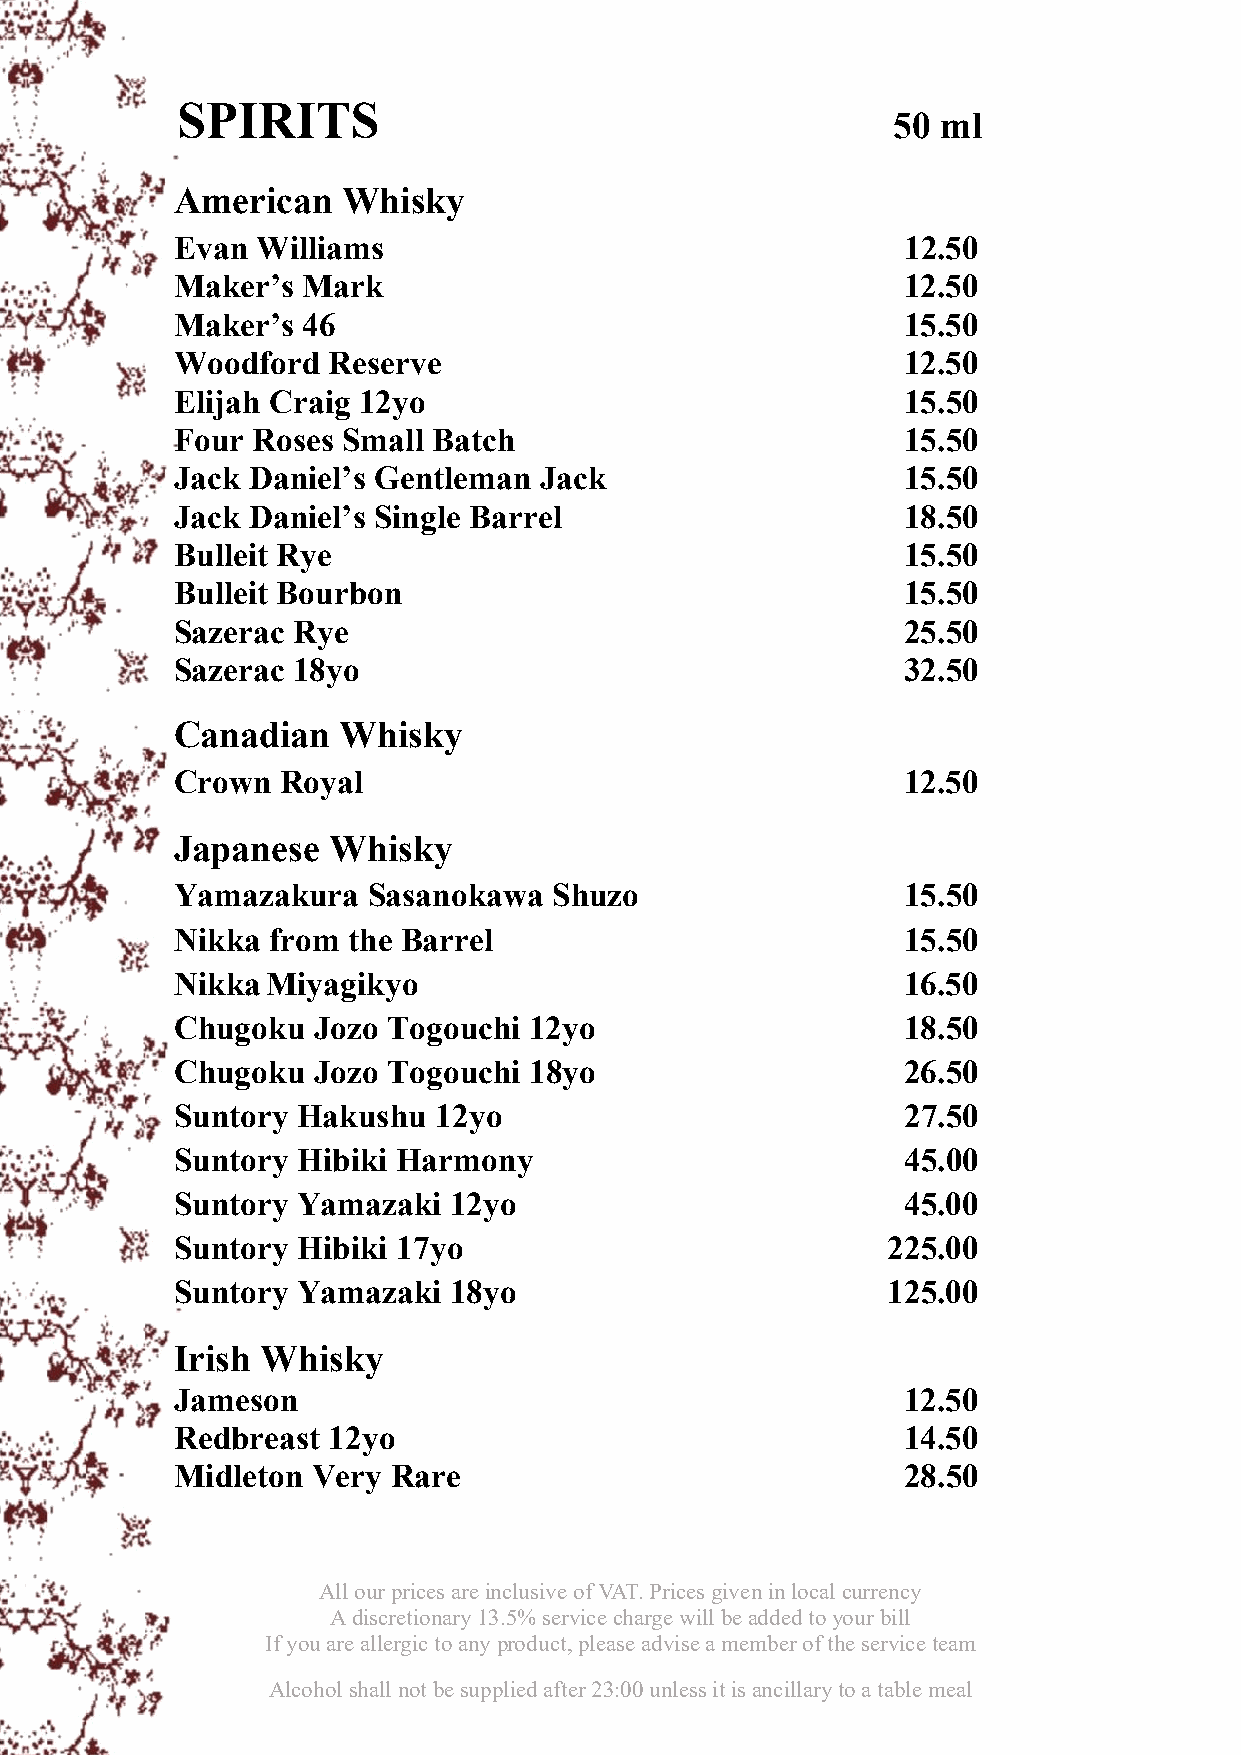
SPIRITS
 50 ml
 American   Whisky
 Evan Williams                                   12.50
 Maker’s Mark                                    12.50
 Maker’s 46                                      15.50
 Woodford  Reserve                               12.50
 Elijah Craig 12yo                               15.50
 Four Roses Small Batch                          15.50
 Jack Daniel’s Gentleman Jack                    15.50
 Jack Daniel’s Single Barrel                     18.50
 Bulleit Rye                                     15.50
 Bulleit Bourbon                                 15.50
 Sazerac Rye                                     25.50
 Sazerac 18yo                                    32.50
 Canadian  Whisky
 Crown  Royal                                    12.50
 Japanese  Whisky
 Yamazakura  Sasanokawa   Shuzo                  15.50
 Nikka from the Barrel                           15.50
 NikkaMiyagikyo                                  16.50
 Chugoku  Jozo Togouchi 12yo                     18.50
 Chugoku  Jozo Togouchi 18yo                     26.50
 Suntory Hakushu  12yo                           27.50
 Suntory Hibiki Harmony                          45.00
 Suntory Yamazaki  12yo                          45.00
 Suntory Hibiki 17yo                            225.00
 Suntory Yamazaki  18yo                         125.00
 Irish Whisky
 Jameson                                         12.50
 Redbreast 12yo                                  14.50
 Midleton Very Rare                              28.50
 All our prices are inclusive of VAT. Prices given in local currency
 A discretionary 13.5% service charge will be added to your bill
 If you are allergic to any product, please advise a member of the service team
 Alcohol shall not be supplied after 23:00 unless it is ancillary to a table meal